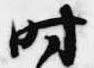
時